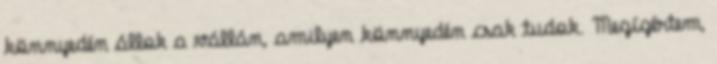
könnyedén állok a vállán, amilyen könnyedén csak tudok. Megígértem,